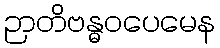
ဉာတိဗန္ဓဝပေမေန